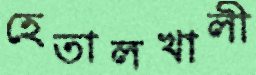
হেতালখালী